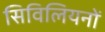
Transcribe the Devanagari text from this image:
सिविलियनों